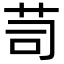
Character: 𦭡